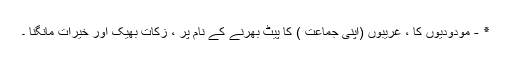
٭ - مودودیوں کا ، غریبوں (اپنی جماعت ) کا پیٹ بھرنے کے نام پر ، زکات بھیک اور خیرات مانگنا ۔